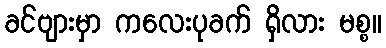
ခင်ဗျားမှာ ကလေးပုခက် ရှိလား မစ္စ။